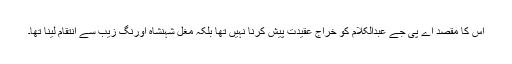
اس کا مقصد اے پی جے عبدالکلام کو خراج عقیدت پیش کرنا نہیں تھا بلکہ مغل شہنشاہ اورنگ زیب سے انتقام لینا تھا۔